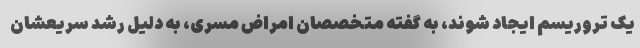
یک تروریسم ایجاد شوند، به گفته متخصصان امراض مسری، به دلیل رشد سریعشان